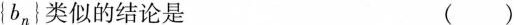
{b_{n} 类似的结论是 ( )